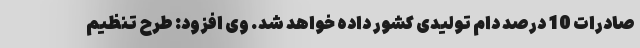
صادرات 10 درصد دام تولیدی کشور داده خواهد شد. وی افزود: طرح تنظیم